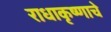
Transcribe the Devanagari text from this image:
राधाकृष्णाचे